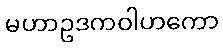
မဟာဥဒကဝါဟကော